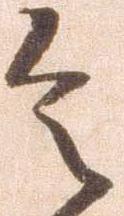
令